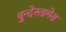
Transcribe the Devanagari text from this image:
बुन्देस्तागेस